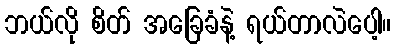
ဘယ်လို စိတ် အခြေခံနဲ့ ရယ်တာလဲပေါ့။